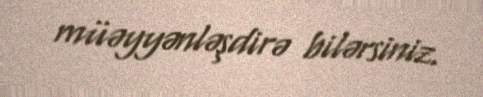
müəyyənləşdirə bilərsiniz.